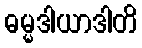
ဓမ္မဒါယာဒါတိ